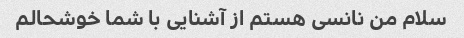
سلام من نانسی هستم از آشنایی با شما خوشحالم